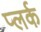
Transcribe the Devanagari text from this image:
प्लर्क